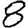
Digit: 8